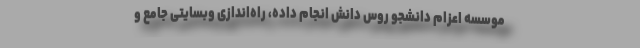
موسسه اعزام دانشجو روس دانش انجام داده، راه‌اندازی وبسایتی جامع و